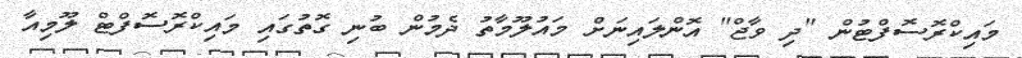
މައިކްރޮސޮފްޓުން "ދި ވާޖް" އޮންލައިނަށް މައުލޫމާތު ދެމުން ބުނި ގޮތުގައި މައިކްރޮސޮފްޓް ލޫމިއާ